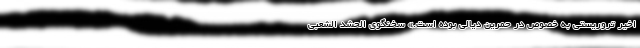
اخیر تروریستی به خصوص در حمرین دیالی بوده است.» سخنگوی الحشد الشعبی